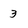
Character: 3